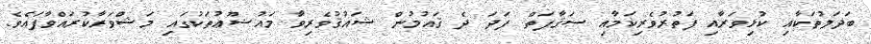
ބަދަލުތަކާއި ކުޅިވަރާއި ފަތުރުވެރިކަމާއި ސަޤާފަތް ފަދަ ދެ ޤައުމުން ޝައުޤުވެރިވާ މައުޟޫޢުތަކުގައި މަޝްވަރާކުރައްވާފައެވެ.